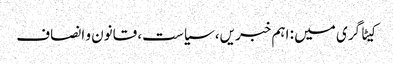
کیٹاگری میں : اہم خبریں، سیاست، قانون و انصاف